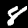
Digit: 8